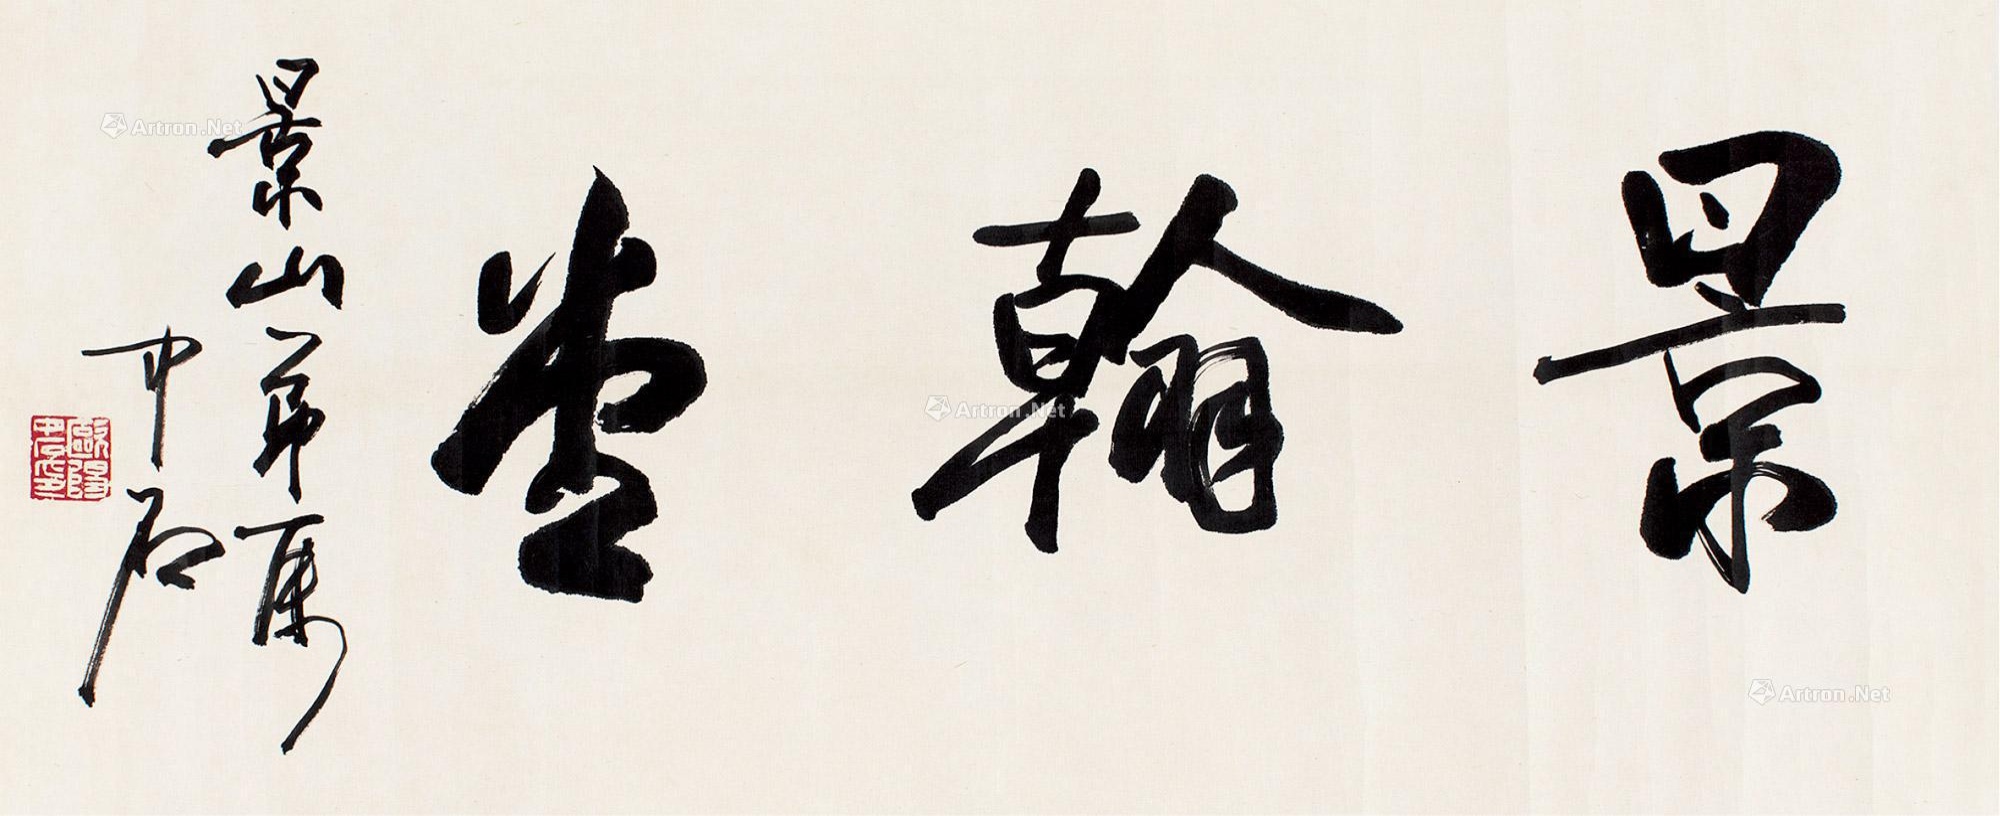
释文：景翰堂。景山弟属，中石。